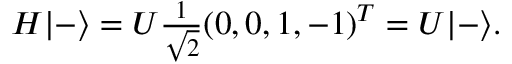
\begin{array} { r } { H | - \rangle = U \frac { 1 } { \sqrt { 2 } } ( 0 , 0 , 1 , - 1 ) ^ { T } = U | - \rangle . } \end{array}